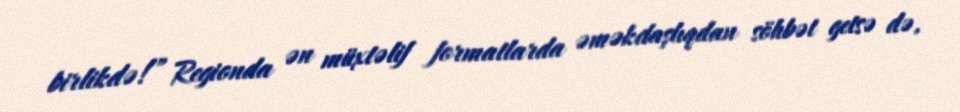
birlikdə!” Regionda ən müxtəlif formatlarda əməkdaşlıqdan söhbət getsə də,